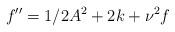
LaTeX: \begin{align*}f^{\prime \prime}=1/2A^2+2k+\nu^2f\end{align*}